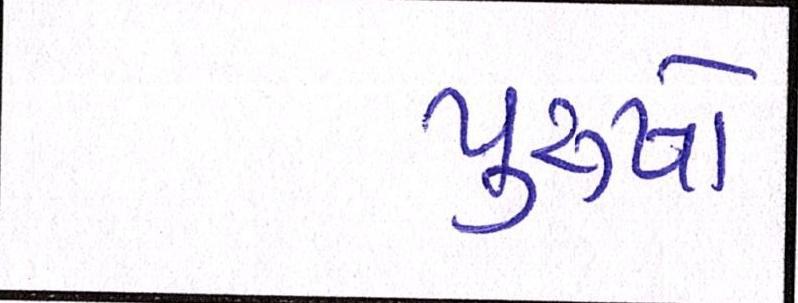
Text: પુરૂષો